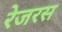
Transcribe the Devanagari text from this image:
रेजरस